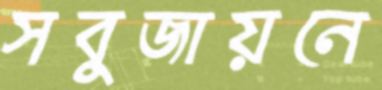
সবুজায়নে